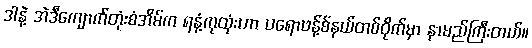
ဒါနဲ့ အဲဒီကျောက်တုံးစံအိမ်က ရနံ့ကုထုံးဟာ ပရောဗန့်စ်နယ်တစ်ဝိုက်မှာ နာမည်ကြီးတယ်။